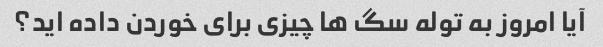
آیا امروز به توله سگ ها چیزی برای خوردن داده اید؟